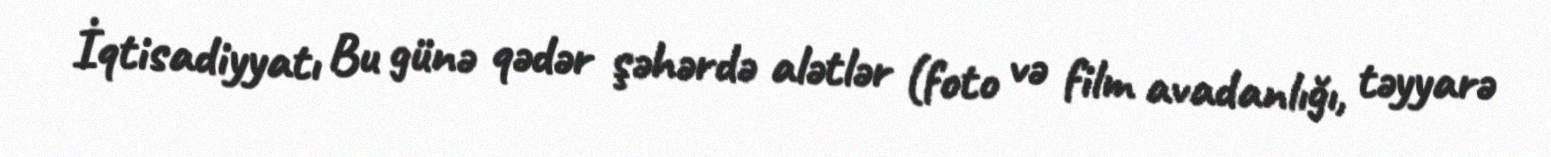
İqtisadiyyatı Bu günə qədər şəhərdə alətlər (foto və film avadanlığı, təyyarə